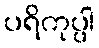
ပရိကုပ္ပါ